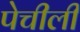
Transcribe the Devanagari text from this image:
पेचीली